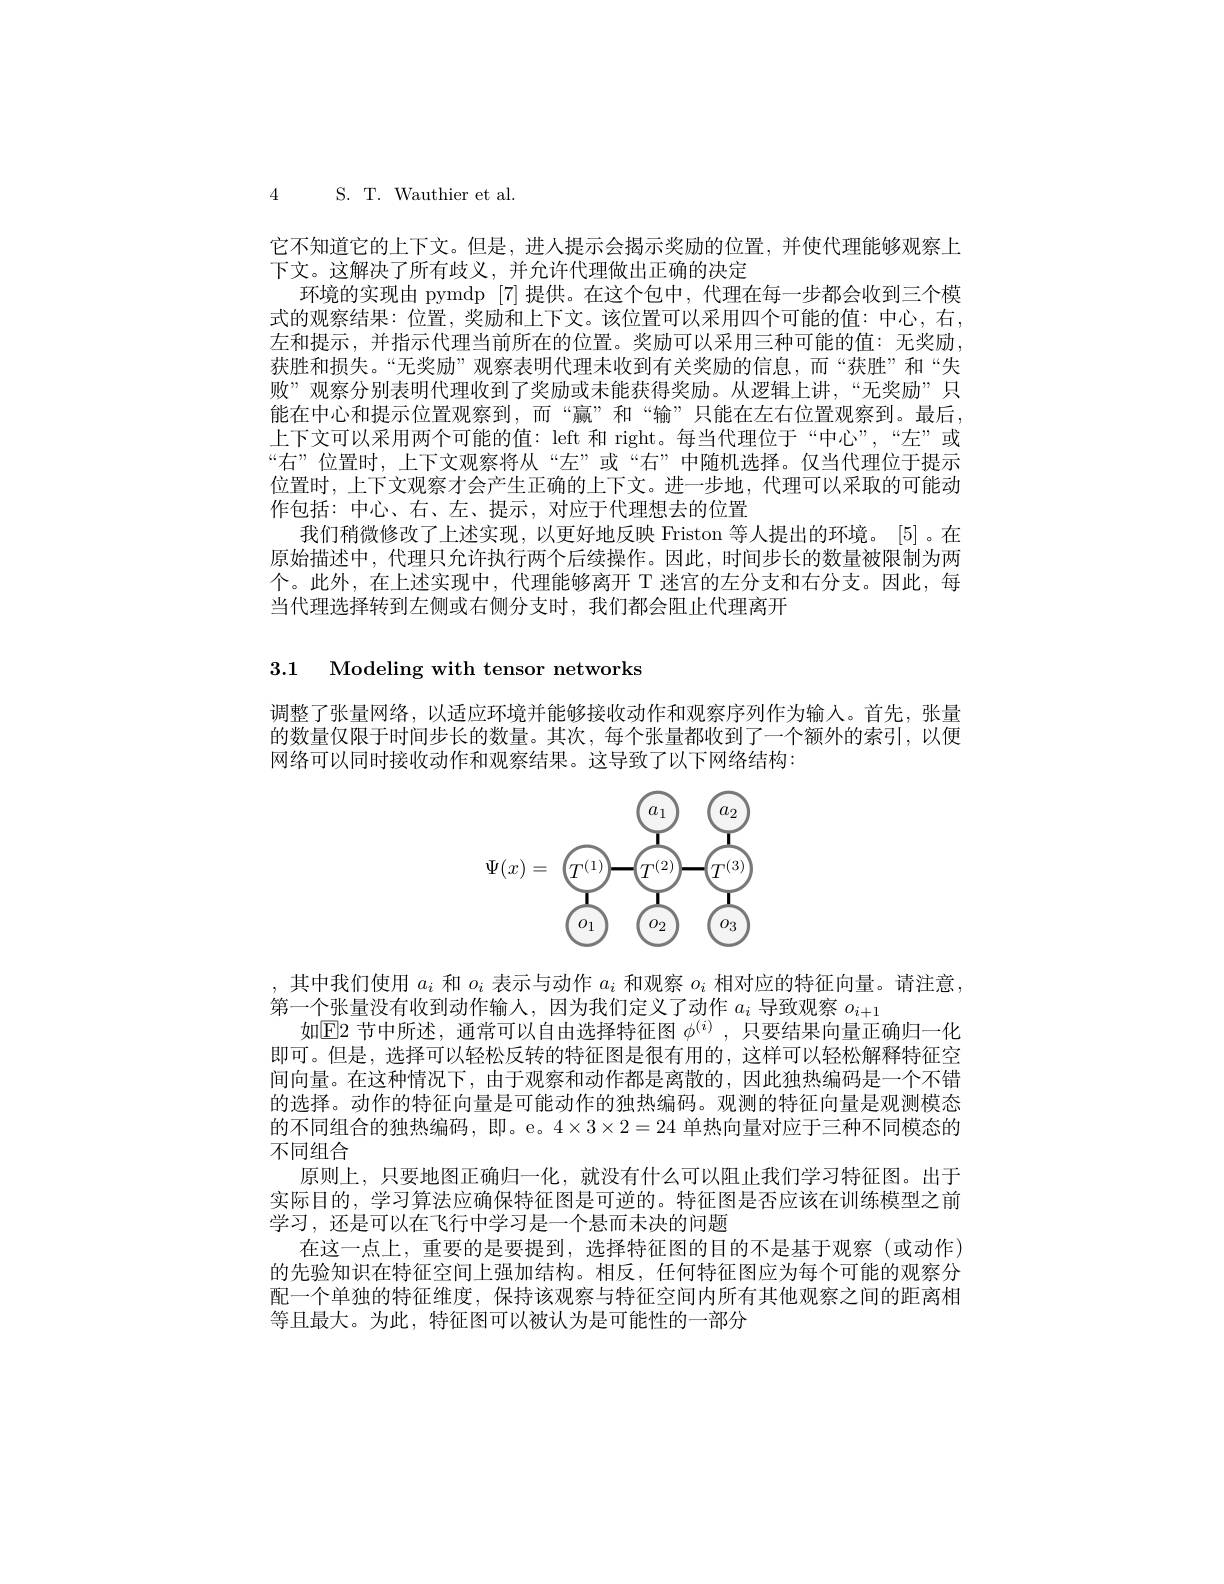
4 S.T. Wauthier et al.

它不知道它的上下文。但是，进入提示会揭示奖励的位置，并使代理能够观察上
下文。这解决了所有歧义，并允许代理做出正确的决定
环境的实现由 pymdp [7]提供。在这个包中，代理在每一步都会收到三个模式的观察结果：位置，奖励和上下文。该位置可以采用四个可能的值：中心，右， 左和提示，并指示代理当前所在的位置。奖励可以采用三种可能的值：无奖励， 获胜和损失。“无奖励”观察表明代理未收到有关奖励的信息，而“获胜”和“失败”观察分别表明代理收到了奖励或末能获得奖励。从逻辑上讲，“无奖勋”只能在中心和提示位置观察到，而“赢”和“输”只能在左右位置观察到。最后上下文可以采用两个可能的值：left 和 right。每当代理位于“中心”,“左”或“右”位置时，上下文观察将从“左”或“右”中随机选择。仅当代理位于提示位置时，上下文观察才会产生正确的上下文。进一步地，代理可以采取的可能动作包括：中心、右、左、提示，对应于代理想去的位置
我们稍微修改了上述实现，以更好地反映 Friston 等人提出的环境。[5]。在原始描述中，代理只允许执行两个后续操作。因此，时间步长的数量被限制为两个。此外，在上述实现中，代理能够离开 T 迷宫的左分支和右分支。因此，每当代理选择转到左侧或右侧分支时，我们都会阻止代理离开

3.1 Modeling with tensor networks

调整了张量网络，以适应环境并能够接收动作和观察序列作为输入。首先，张量的数量仅限于时间步长的数量。其次，每个张量都收到了一个额外的索引，以便网络可以同时接收动作和观察结果。这导致了以下网络结构：

<FigureHere>

,其中我们使用$a_i$和$o_i$表示与动作$a_i$和观察$o_i$相对应的特征向量。请注意，
第一个张量没有收到动作输入，因为我们定义了动作$a_i$导致观察$o_{i+1}$
如$\overline{\mathrm{E}}$2 节中所述，通常可以自由选择特征图 $\phi^{(i)}$, 只要结果向量正确归一化即可。但是，选择可以轻松反转的特征图是很有用的，这样可以轻松解释特征空间向量。在这种情况下，由于观察和动作都是离散的，因此独热编码是一个不错的选择。动作的特征向量是可能动作的独热编码。观测的特征向量是观测模态的不同组合的独热编码，即。e。$4\times3\times2=24$单热向量对应于三种不同模态的不同组合
原则上，只要地图正确归一化，就没有什么可以阻止我们学习特征图。出于实际目的，学习算法应确保特征图是可逆的。特征图是否应该在训练模型之前学习，还是可以在飞行中学习是一个悬而未决的问题
在这一点上，重要的是要提到，选择特征图的目的不是基于观察(或动作) 的先验知识在特征空间上强加结构。相反，任何特征图应为每个可能的观察分配一个单独的特征维度，保持该观察与特征空间内所有其他观察之间的距离相等且最大。为此，特征图可以被认为是可能性的一部分